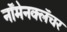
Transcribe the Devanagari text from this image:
नॉमेनक्लॅचर